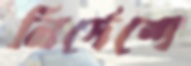
নির্দেশে